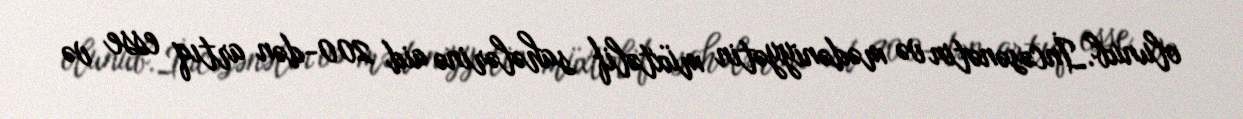
olunub.İncəsənətin və mədəniyyətin müxtəlif sahələrinə aid 200-dən artıq esse və